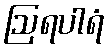
ဩရပါရံ